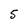
Character: 5